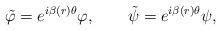
LaTeX: \begin{align*}\tilde \varphi =e^{i\beta(r) \theta} \varphi,\qquad\tilde \psi =e^{i\beta(r) \theta} \psi,\end{align*}